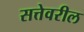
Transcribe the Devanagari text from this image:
सत्तेवरील